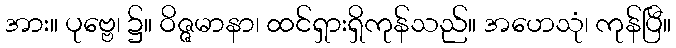
အား။ ပုဗ္ဗေ၊ ၌။ ဝိဇ္ဇမာနာ၊ ထင်ရှားရှိကုန်သည်။ အဟေသုံ၊ ကုန်ပြီ။